Triigi_(Aleksandri)_vallavalitsus_Harjumaal, lk 23
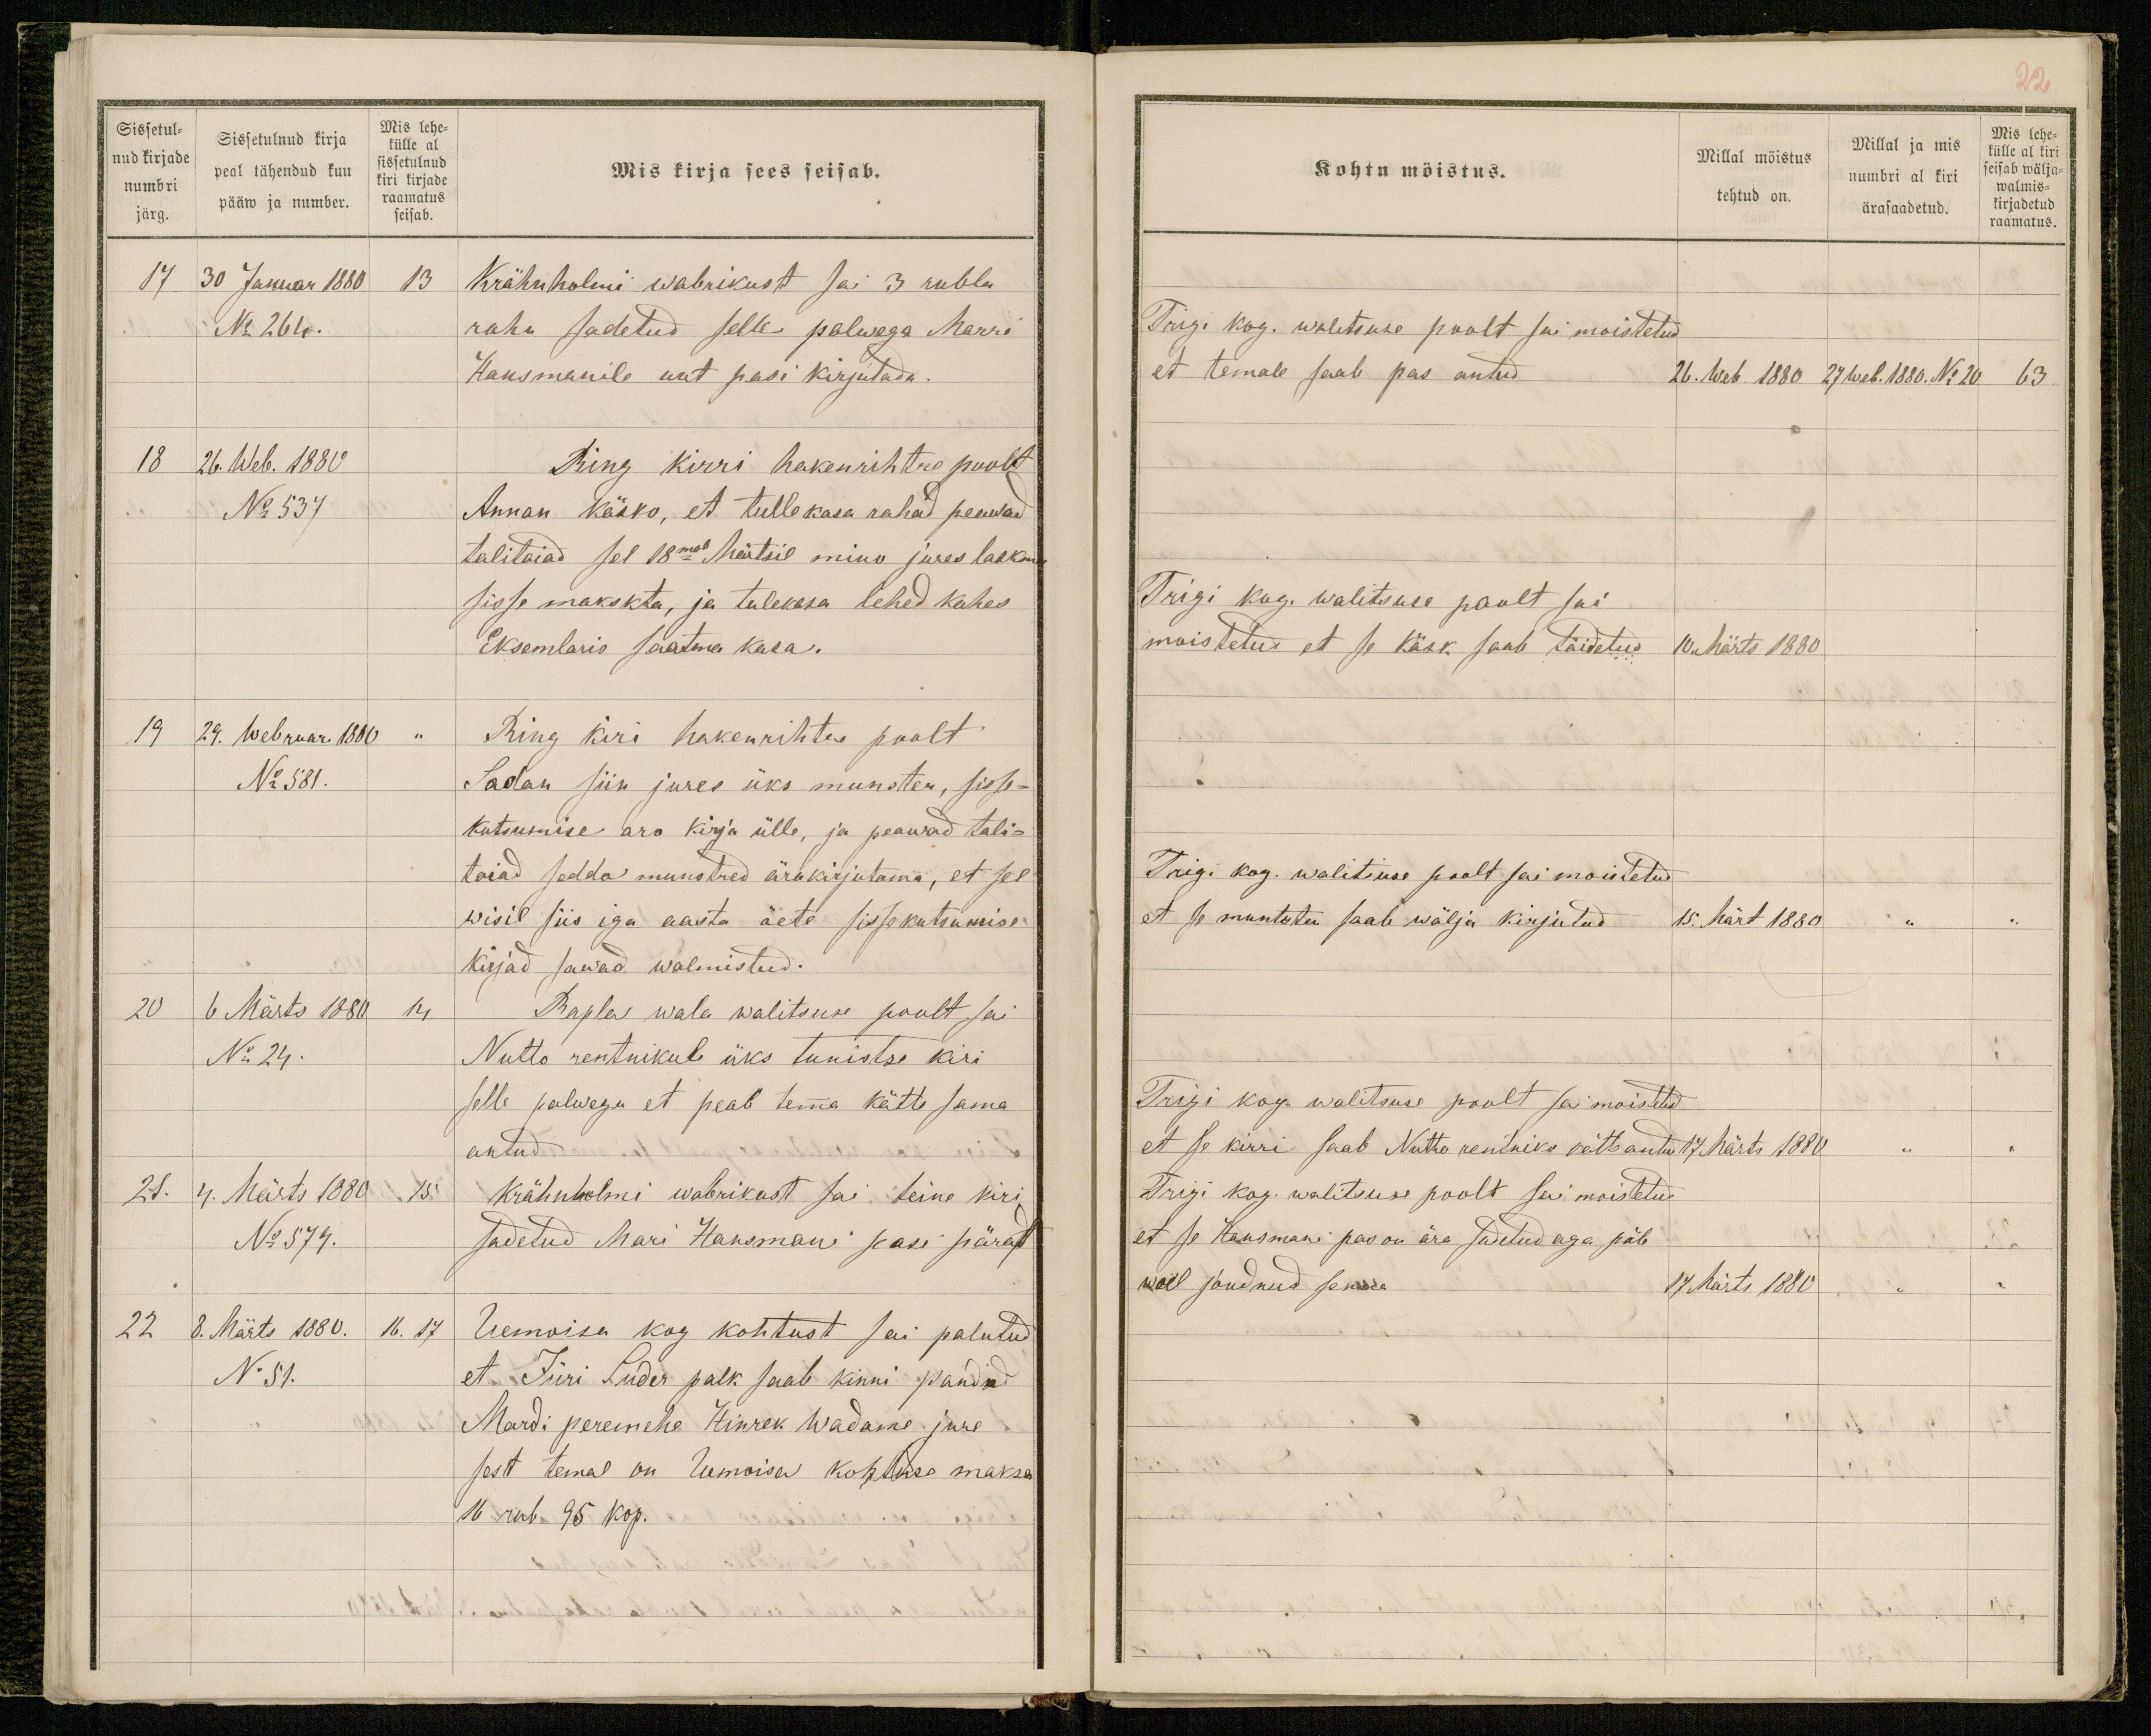
Sissetul-
nud kirjade
numbri
järg.
Sissetulnud kirja
peal tähendud kuu
pääw ja number.
Mis lehe-
külle al
sissetulnud
kiri kirjade
raamatus
seisab.
Mis kirja sees seisab.
17 30 Januar 1880 13
Krähnholmi wabrikust sai 3 rubla
No 264.
raha sadetud selle palwega Marri
Hansmanile uut pasi kirjutada.
18 26. Web. 1880
Ring kirri hakenrihtre poolt
No 537
Annan käsko, et tulle kasa rahad peawad
talitaiad sel 18mal Märtsil minu jures laskma
sisse makskta, ja tulekasa lehed kahes
Eksemlaris saatma kasa.
19 29. Webruar 1880 "
Ring kiri hakenrihtre poolt
No 581.
Sadan siin jures üks munster, sisse-
kutsumise aro kirja ülle, ja peawad tali-
taiad sedda munstred ärakirjutama, et sel
wisil siis iga aasta õete sisse kutsumise
kirjad sawad walmistud.
20 6 Märts 1880 14
Rapla wala walitsuse poolt sai
No 24.
Nutto rentnikule üks tunistse kiri
selle palwega et peab temma kätte sama
antud.
21. 4. Märts 1880 15
Krähnholmi wabrikust sai teine kiri
No 579.
sadetud Mari Hansmani pasi pärast
22 8. Märts 1880. 16. 17.
Uemoisa kog kohtust sai palutud
No 51.
et Jüri Suder palk saab kinni pandud
Mardi peremehe Hinrek Wadame jure
sest temal on Uemoisa kohtuse maksa
16 rub 95 kop.

22
Kohtu möistus.
Millal möistus
tehtud on.
Millal ja mis
numbri al kiri
ärasaadetud.
Mis lehe-
külle al kiri
seisab wälja-
walmis-
kirjadetud
raamatus.
Trigi kog. walitsuse poolt sai moistetud
et temale saab pas antud.
26. Web. 1880 27 Web. 1880. No 20 63
Trigi kog. walitsuse poolt sai
moistetud et se käsk saab täidetud
10. Märts 1880
Trigi kog. walitsuse poolt sai moistetud
et se muntster saab wälja kirjutud
15. Märt 1880 " "
Trigi kog. walitsuse poolt sai moistetud
et se kirri saab Nutto rentniko kätte antud
17. Märts 1880 " "
Trigi kog. walitsuse poolt sai moistetud
et se Hansmani pas on ära sadetud aga põle
weel joudnud senna
17 Märts 1880 " "